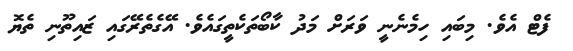
ފެޓް އެވެ. މިބައި ހިމެނެނީ ވަރަށް މަދު ކާބޯތަކެތީގައެވެ. އޭގެތެރޭގައި ޒައިތޫނި ތެޔޮ